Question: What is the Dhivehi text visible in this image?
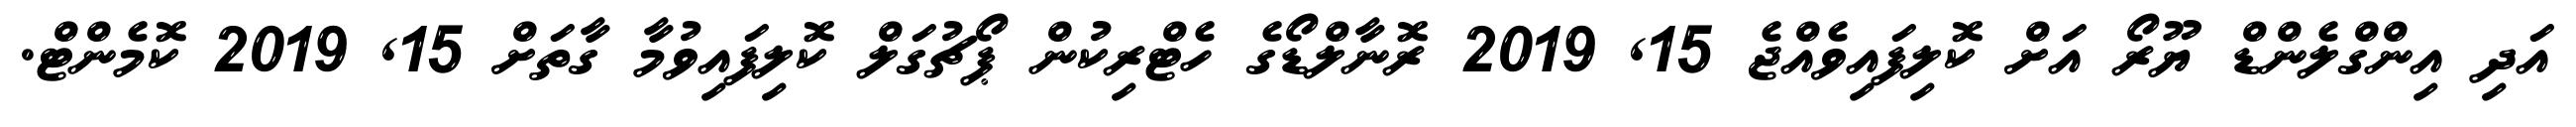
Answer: އަދި އިންގްލެންޑް ޔޫރޯ އަށް ކޮލިފައިވެއްޖެ 15, 2019 ރޮނާލްޑޯގެ ހެޓްރިކުން ޕޯޗުގަލް ކޮލިފައިވުމާ ގާތަށް 15, 2019 ކޮމެންޓް.